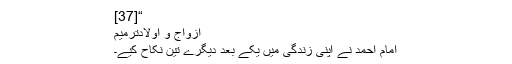
“[37]
ازواج و اولادترميم
امام احمد نے اپنی زندگی میں یکے بعد دیگرے تین نکاح کیے۔